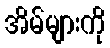
အိမ်များကို